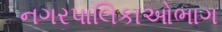
નગરપાલિકાઓભાગ